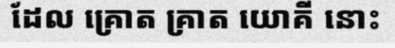
ដែល គ្រោត គ្រាត យោគី នោះ